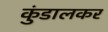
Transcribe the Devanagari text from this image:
कुंडालकर